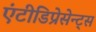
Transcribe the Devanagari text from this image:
एंटीडिप्रेसेन्ट्स